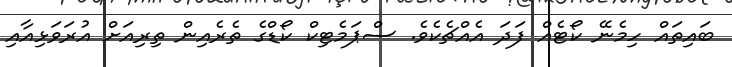
ބައިތައް ހިމެނޭ ކޯޓެއް ފަދަ އެއްޗެކެވެ. ސްޕަމެޓިކް ކޯޑްގެ ތެރެއިން ތިރިއަށް އުރަވަޅިއާއި